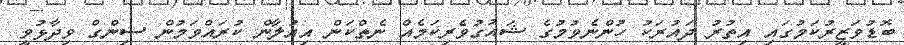
ބޮޑުވަޒީރުކަމުގައި އިތުރު ދައުރަކު ހުންނެވުމުގެ ޝައުގުވެރިކަމެއް ނެތްކަން އިއުލާން ކުރައްވަމުން ސިންގް ވިދާޅުވީ